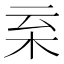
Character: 𣐂